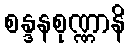
စန္ဒနစုဏ္ဏာနိ